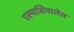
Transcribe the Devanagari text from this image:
एस्पासियालेस